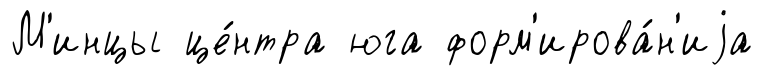
М'инцы це́нтра юга форм'ирова́н'иjа